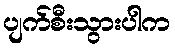
ပျက်စီးသွားပါက